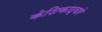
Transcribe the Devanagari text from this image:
केशिकाद्वारे